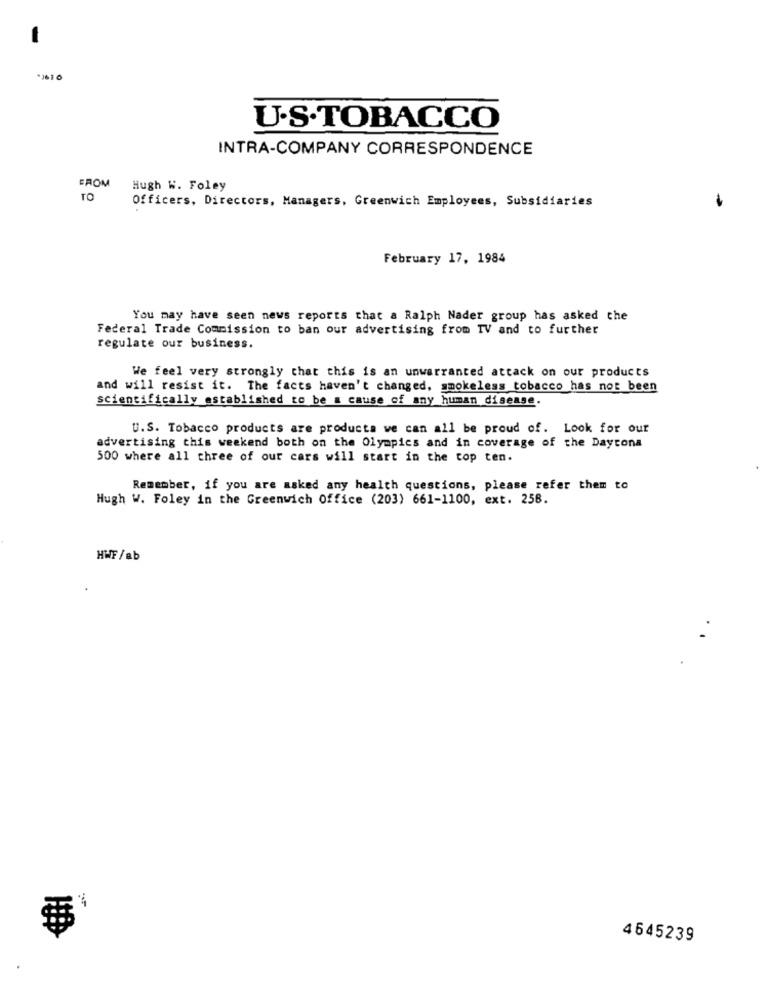
-
+3616
U.S.TOBACCO
INTRA-COMPANY CORRESPONDENCE
FROM
Hugh W. Foley
TO
Officers, Directors, Managers, Greenwich Employees, Subsidiaries
February 17, 1984
You may have seen news reports that a Ralph Nader group has asked the
Federal Trade Commission to ban our advertising from TV and to further
regulate our business.
We feel very strongly that this is an unwarranted attack on our products
and will resist it. The facts haven't changed, smokeless tobacco has not been
scientifically established to be a cause of any human disease.
U.S. Tobacco products are products we can all be proud of. Look for our
advertising this weekend both on the Olympics and in coverage of the Daytona
500 where all three of our cars will start in the top ten.
Remember, if you are asked any health questions, please refer them to
Hugh W. Foley in the Greenwich Office (203) 661-1100, ext. 258.
HWF/ab
.
4645239